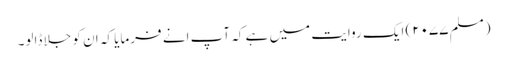
(مسلم ۲۰۷۷) ایک روایت میں ہے کہ آپ انے فرمایا کہ ان کو جلا ڈالو۔